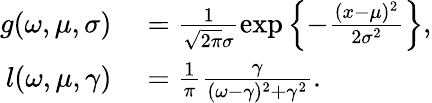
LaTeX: \begin{array}{rl}{g(\omega,\mu,\sigma)}&{{}=\frac{1}{\sqrt{2\pi}\sigma}\exp\left\{ -\frac{(x-\mu)^{2}}{2\sigma^{2}}\right\} ,}\\ {l(\omega,\mu,\gamma)}&{{}=\frac{1}{\pi}\frac{\gamma}{(\omega-\gamma)^{2}+\gamma^{2}}.}\end{array}